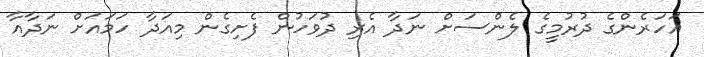
އަހަރެންގެ ދުރުމީގެ ލެންސަށް ނަދާ އެރި ދުވަހުން ފެށިގެން މިއަދާ ހަމައަށް ނަދާއާ